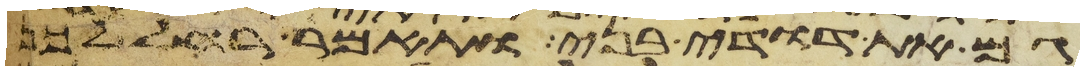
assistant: גם את דודי בני ותאמר רחל לכן